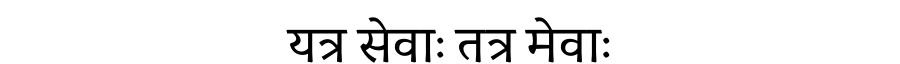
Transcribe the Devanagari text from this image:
यत्र सेवाः तत्र मेवाः